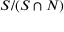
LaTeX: S / ( S \cap N )